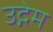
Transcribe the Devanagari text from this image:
उद्गेम